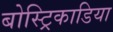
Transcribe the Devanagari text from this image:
बोस्ट्रिकाडिया